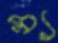
ম্য